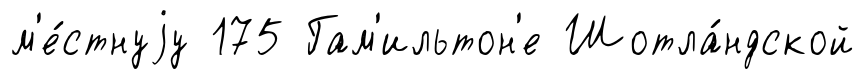
м'е́стнуjу 175 Гам'ильтон'е Шотла́ндской